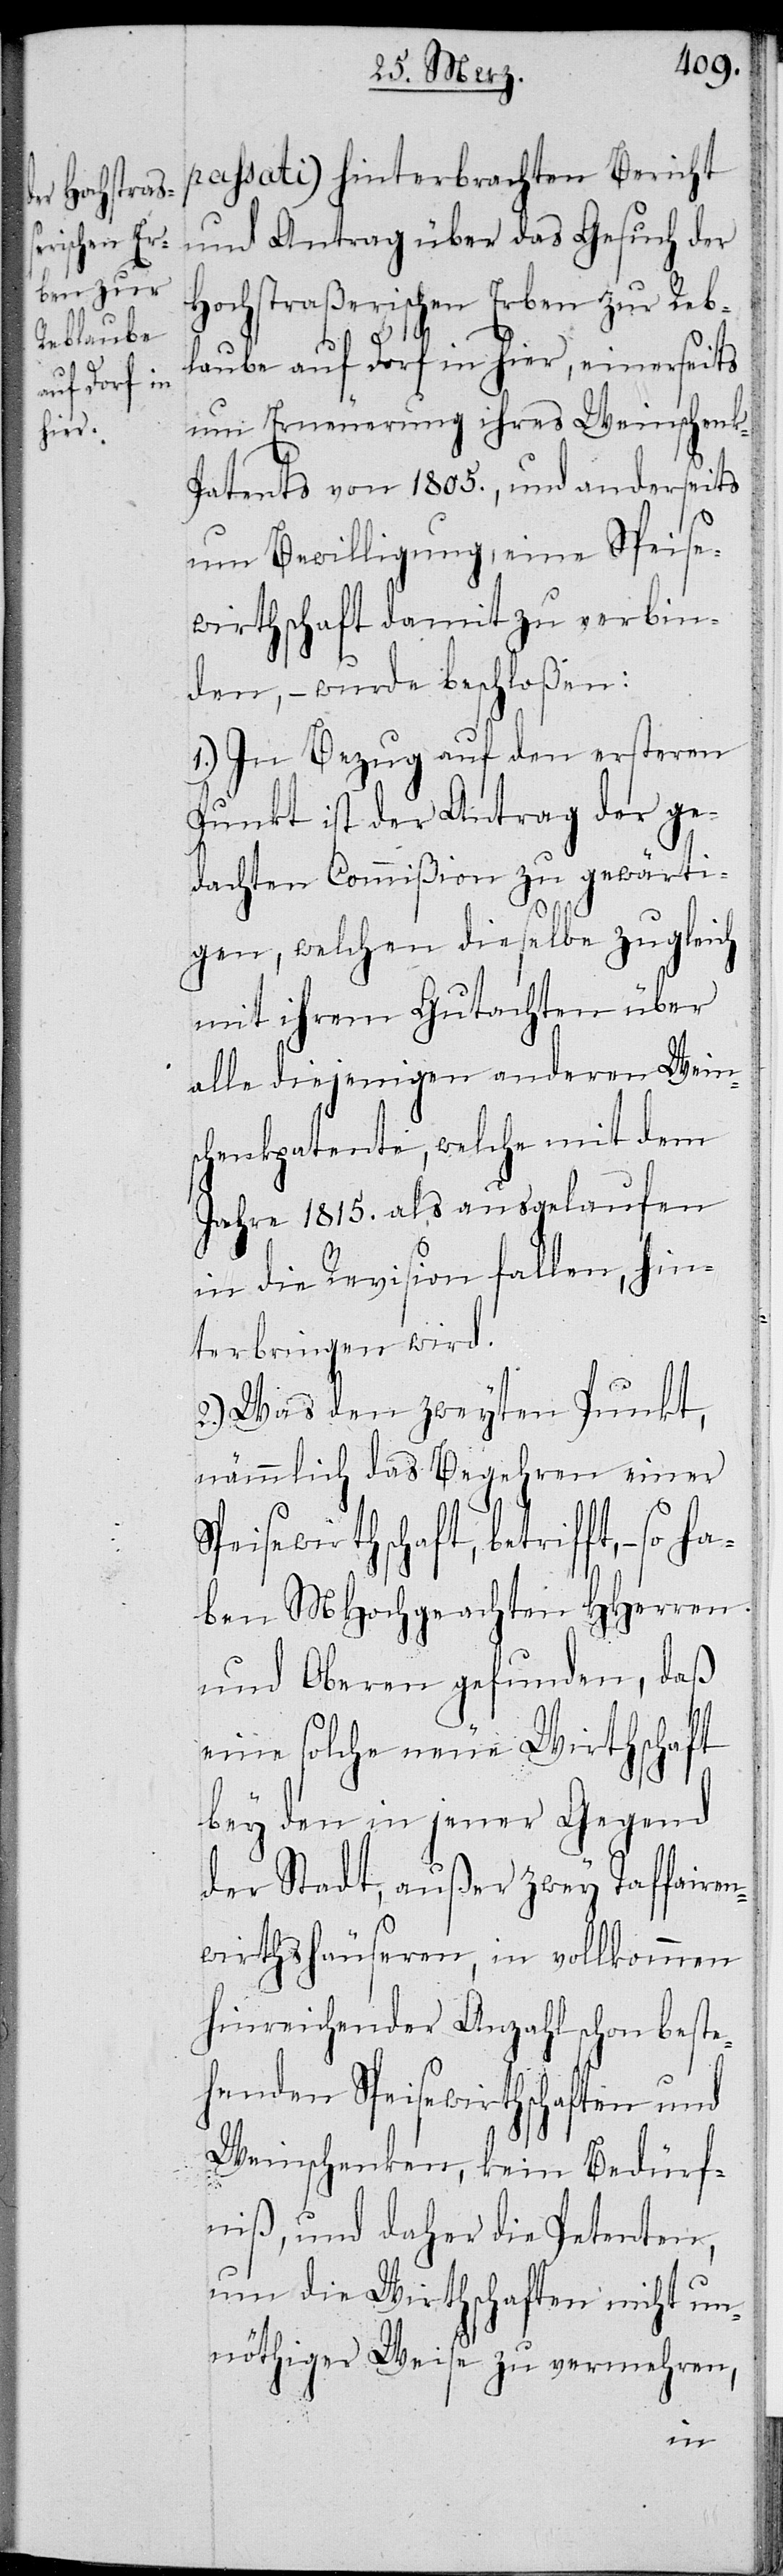
passati) hinterbrachten Bericht
und Antrag über das Gesuch der
Hochstraßerischen Erben zur Reb¬
laube auf Dorf in hier, einerseits
um Erneuerung ihres Weinschenk-P¬
atents von 1805., und anderseits
um Bewilligung, eine Speise¬
wirthschaft damit zu verbin¬
den, – wurde beschloßen:
1.) In Bezug auf den ersteren
Punkt ist der Antrag der ge¬
dachten Commißion zu gewärti¬
gen, welchen dieselbe zugleich
mit ihrem Gutachten über
alle diejenigen anderen Wein¬
schenkpatente, welche mit dem
Jahre 1815. als ausgelaufen
in die Revision fallen, hin¬
terbringen wird.
2.) Was den zweyten Punkt,
nämmlich das Begehren einer
Speisewirthschaft, betrifft, – so
ben MHochgeachten HHerren
und Oberen gefunden, daß
eine solche neue Wirthschaft
bey den in jener Gegend
der Stadt, außer zwey Taffairen¬
wirtshäuseren, in vollkommen
hinreichender Anzahl schon beste¬
henden Speisewirthschaften und
Weinschenken, kein Bedürf¬
niß, und daher die Petenten,
um die Wirthschaften nicht un¬
nöthiger Weise zu vermehren,
ha¬